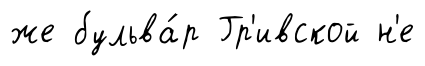
же бульва́р Гр'ивской н'е